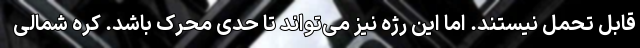
قابل تحمل نیستند. اما این رژه نیز می‌تواند تا حدی محرک باشد. کره شمالی